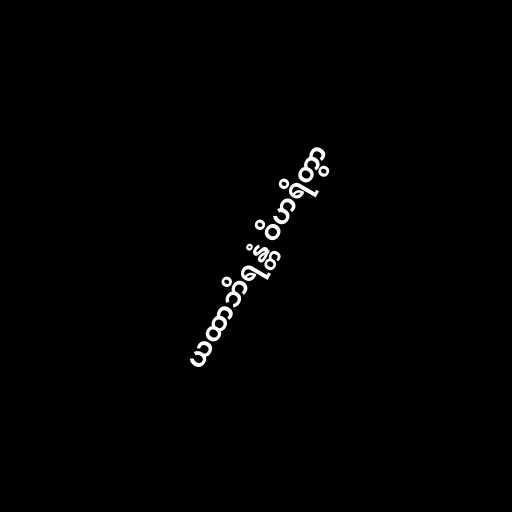
ယထာဘိရန္တံ ဝိဟရိတွာ